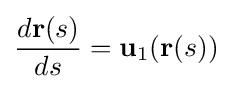
{\frac {d\mathbf {r} (s)}{ds}}=\mathbf {u} _{1}(\mathbf {r} (s))